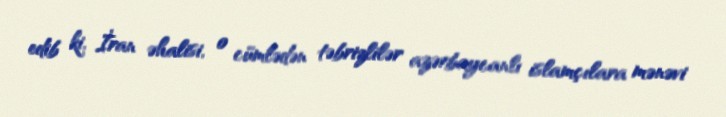
edib ki, İran əhalisi, o cümlədən təbrizlilər azərbaycanlı islamçılara mənəvi